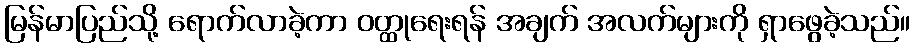
မြန်မာပြည်သို့ ရောက်လာခဲ့ကာ ဝတ္ထုရေးရန် အချက် အလက်များကို ရှာဖွေခဲ့သည်။